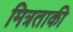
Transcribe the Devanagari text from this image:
मित्रताकी